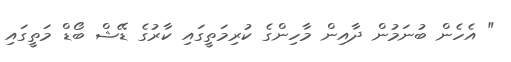
" އެހެން ބުނަމުން ދާއިން މާހިންގެ ކުރިމަތީގައި ކާރުގެ ޑޭޝް ބޯޑް މަތީގައި